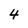
Character: 4